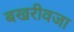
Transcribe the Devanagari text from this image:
बखरीवजा